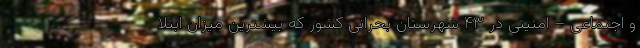
و اجتماعی – امنیتی در ۴۳ شهرستان بحرانی کشور که بیشترین میزان ابتلا